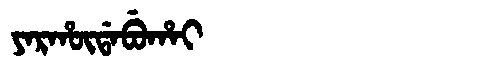
Manchu: ᠶᠠᡵᡥᡡᡩᠠᠪᡠᡥᠠᡳ
Romanization: YARHŪDABUHAI